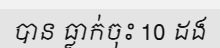
បាន ធ្លាក់ចុះ 10 ដង